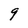
Character: 9